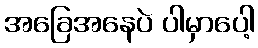
အခြေအနေပဲ ပါမှာပေါ့